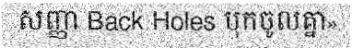
សញ្ញា Back Holes បុកចូលគ្នា»